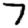
Digit: 7